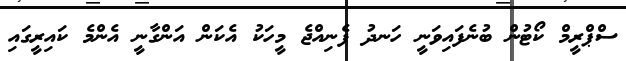
ސްޕްރީމް ކޯޓުން ބުނެފައިވަނީ ހަނދު ފެނިއްޖެ މީހަކު އެކަން އަންގާނީ އެންމެ ކައިރީގައި